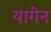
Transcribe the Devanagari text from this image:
यागेन